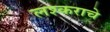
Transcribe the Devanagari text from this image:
लश्कराचे